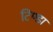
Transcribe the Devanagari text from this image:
टिण्डा